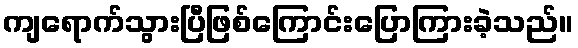
ကျရောက်သွားပြီဖြစ်ကြောင်းပြောကြားခဲ့သည်။